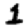
Digit: 1